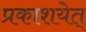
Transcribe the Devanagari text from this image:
प्रकाशयेत्